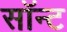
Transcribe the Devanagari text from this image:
सॉन्ट